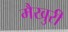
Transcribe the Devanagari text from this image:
मैखुरी